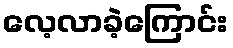
လေ့လာခဲ့ကြောင်း